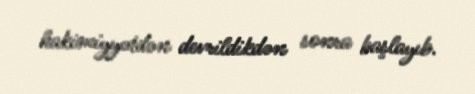
hakimiyyətdən devrildikdən sonra başlayıb.